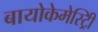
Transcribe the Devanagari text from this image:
बायोकेमेस्ट्रिी